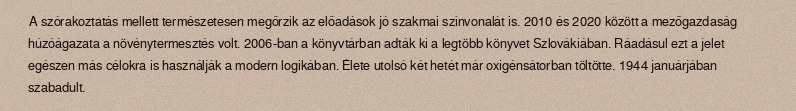
A szórakoztatás mellett természetesen megőrzik az előadások jó szakmai színvonalát is. 2010 és 2020 között a mezőgazdaság húzóágazata a növénytermesztés volt. 2006-ban a könyvtárban adták ki a legtöbb könyvet Szlovákiában. Ráadásul ezt a jelet egészen más célokra is használják a modern logikában. Élete utolsó két hetét már oxigénsátorban töltötte. 1944 januárjában szabadult.